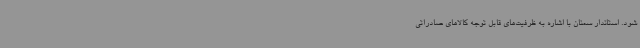
شود. استاندار سمنان با اشاره به ظرفیت‌های قابل توجه کالاهای صادراتی